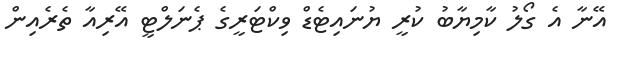
އޭނާ އެ ގޯލު ކާމިޔާބު ކުރީ ޔުނައިޓެޑް ވިކްޓަރީގެ ޕެނަލްޓީ އޭރިއާ ތެރެއިން